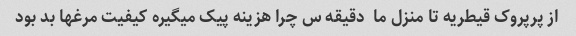
از پرپروک قیطریه تا منزل ما  دقیقه س چرا هزینه پیک میگیره کیفیت مرغها بد بود